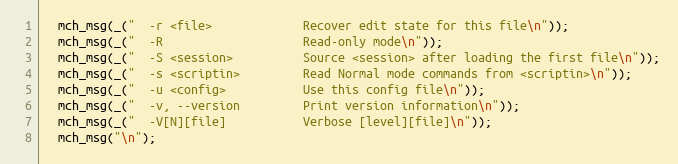
Language: C
  mch_msg(_("  -r <file>             Recover edit state for this file\n"));
  mch_msg(_("  -R                    Read-only mode\n"));
  mch_msg(_("  -S <session>          Source <session> after loading the first file\n"));
  mch_msg(_("  -s <scriptin>         Read Normal mode commands from <scriptin>\n"));
  mch_msg(_("  -u <config>           Use this config file\n"));
  mch_msg(_("  -v, --version         Print version information\n"));
  mch_msg(_("  -V[N][file]           Verbose [level][file]\n"));
  mch_msg("\n");